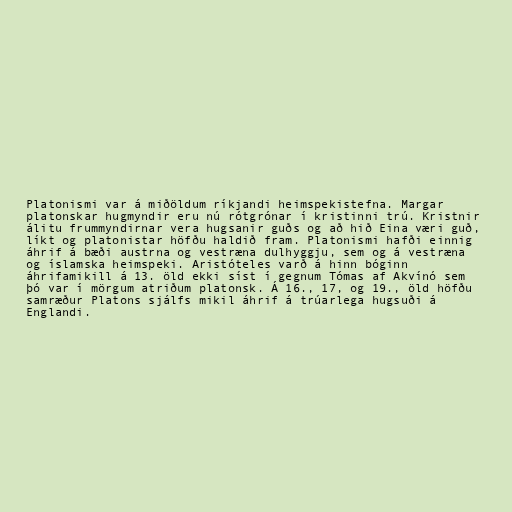
Platonismi var á miðöldum ríkjandi heimspekistefna. Margar
platonskar hugmyndir eru nú rótgrónar í kristinni trú. Kristnir
álitu frummyndirnar vera hugsanir guðs og að hið Eina væri guð,
líkt og platonistar höfðu haldið fram. Platonismi hafði einnig
áhrif á bæði austrna og vestræna dulhyggju, sem og á vestræna
og íslamska heimspeki. Aristóteles varð á hinn bóginn
áhrifamikill á 13. öld ekki síst í gegnum Tómas af Akvínó sem
þó var í mörgum atriðum platonsk. Á 16., 17, og 19., öld höfðu
samræður Platons sjálfs mikil áhrif á trúarlega hugsuði á
Englandi.